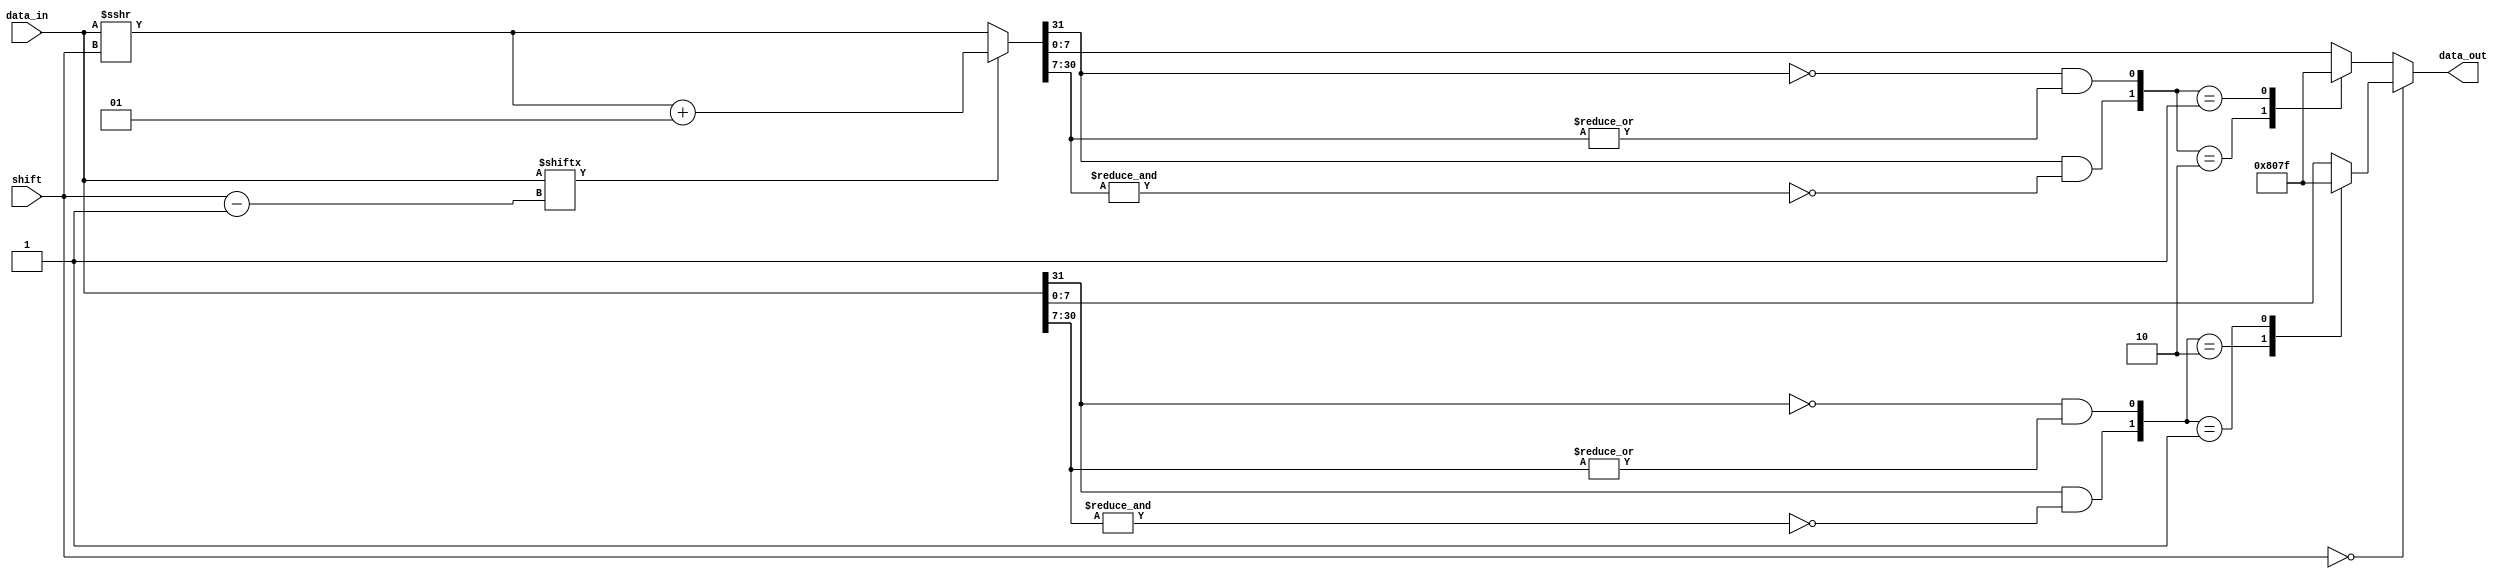
`timescale 1ns / 1ps
//
module right_shifter
#(
    parameter before_data_width = 32,
    parameter after_data_width = 8,
    parameter shift_width = 5
)
(
    shift,
    data_in,
    data_out
);

input wire [shift_width-1:0]shift;
input wire signed [before_data_width-1:0] data_in;
output reg signed[after_data_width-1:0] data_out;

wire signed [before_data_width-1:0] temp1_out;
wire signed [before_data_width-1:0] temp2_out;

assign temp1_out = data_in >>> shift;
assign temp2_out = data_in[shift-1] ? temp1_out + 1 : temp1_out;

wire under_min = temp2_out[before_data_width-1] & (~(& temp2_out[before_data_width-2:after_data_width-1]));
wire over_max = (~temp2_out[before_data_width-1]) & (|temp2_out[before_data_width-2:after_data_width-1]);

wire under_min_S0 = data_in[before_data_width-1] & (~(& data_in[before_data_width-2:after_data_width-1]));
wire over_max_S0 = (~data_in[before_data_width-1]) & (|data_in[before_data_width-2:after_data_width-1]);

always @(*) begin
    if(shift == 0)
        case ({under_min_S0,over_max_S0})
            2'b10: data_out = {1'b1,{(after_data_width-1){1'b0}}};//data_out = 8'b1000_0000;
            2'b01: data_out = {1'b0,{(after_data_width-1){1'b1}}};//8'b0111_1111;
            default: data_out = data_in;
        endcase
    else begin
        case ({under_min,over_max})
            2'b10: data_out = {1'b1,{(after_data_width-1){1'b0}}};//data_out = 8'b1000_0000;
            2'b01: data_out = {1'b0,{(after_data_width-1){1'b1}}};//8'b0111_1111;
            default: data_out = temp2_out[after_data_width-1:0];
        endcase
    end
end

endmodule